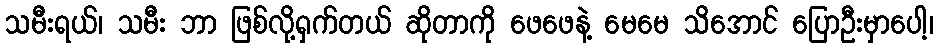
သမီးရယ်၊ သမီး ဘာ ဖြစ်လို့ရှက်တယ် ဆိုတာကို ဖေဖေနဲ့ မေမေ သိအောင် ပြောဦးမှာပေါ့၊